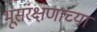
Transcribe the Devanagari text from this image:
भूसंरक्षणाच्या